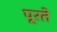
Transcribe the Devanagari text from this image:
पूरते